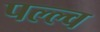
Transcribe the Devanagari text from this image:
पल्ल्व